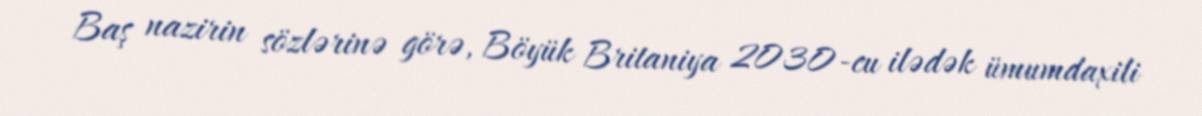
Baş nazirin sözlərinə görə, Böyük Britaniya 2030-cu ilədək ümumdaxili